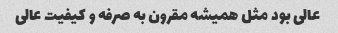
عالی بود مثل همیشه مقرون به صرفه و کیفیت عالی